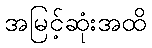
အမြင့်ဆုံးအထိ